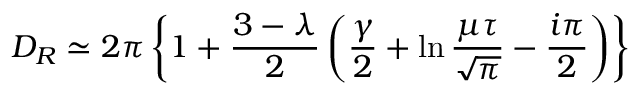
{ \cal D } _ { R } \simeq 2 \pi \left\{ 1 + \frac { 3 - \lambda } { 2 } \left( \frac { \gamma } { 2 } + \ln \frac { \mu \tau } { \sqrt { \pi } } - \frac { i \pi } { 2 } \right) \right\}